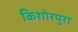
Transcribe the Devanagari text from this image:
किशोरपुरा